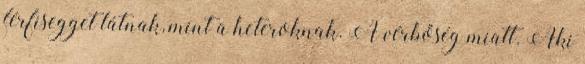
férfisegget látnak, mint a heteroknak. A vérbőség miatt. Aki